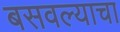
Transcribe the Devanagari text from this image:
बसवल्याचा